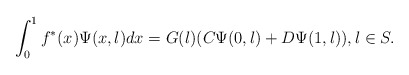
\begin{align*} \int_0^1 f^*(x) \Psi(x,\l) dx = G(\l) (C \Psi(0,\l) + D \Psi(1,\l)), \l \in S.\end{align*}